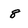
Character: 8